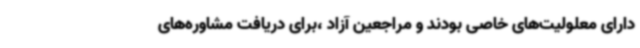
دارای معلولیت‌های خاصی بودند و مراجعین آزاد ،برای دریافت مشاوره‌های